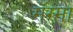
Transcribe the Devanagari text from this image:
मॅग्मा